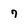
Character: 7